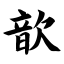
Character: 歆